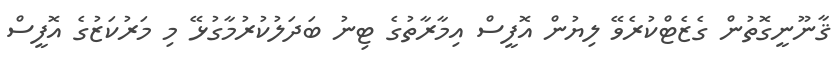
ޤާނޫނީގޮތުން ގެޒެޓްކުރެވޭ ލިޔުން އޮފީސް އިމާރާތުގެ ޓިނު ބަދަލުކުރުމާގުޅޭ މި މަރުކަޒުގެ އޮފީސް